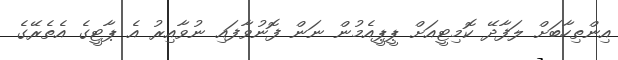
އިންތިހާބަށް ލަފާދޭ ކޮމިޓީއަށް ޕީޕީއެމުން ނަން ފޮނުވާފައި ނުވާއިރު އެ ޕާޓީގެ އެތެރޭގެ